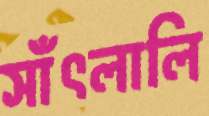
সাঁৎলালি